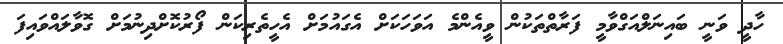
ހާދީ ވަނީ ބައިނަލްއަގްވާމީ ފަރާތްތަކުން ވީއެންމެ އަވަހަކަށް އެގައުމަށް އެހީތެރިކަން ފޯރުކޮށްދިނުމަށް ގޮވާލައްވައިފަ